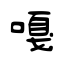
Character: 嘎